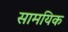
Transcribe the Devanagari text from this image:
सामयिक